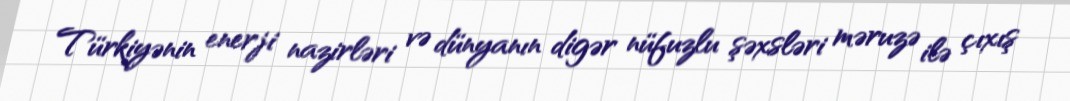
Türkiyənin enerji nazirləri və dünyanın digər nüfuzlu şəxsləri məruzə ilə çıxış